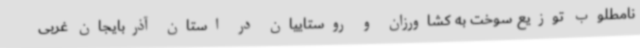
نامطلوب توزیع سوخت به کشاورزان و روستاییان در استان آذربایجان غربی